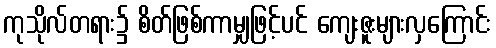
ကုသိုလ်တရား၌ စိတ်ဖြစ်ကာမျှဖြင့်ပင် ကျေးဇူးများလှကြောင်း